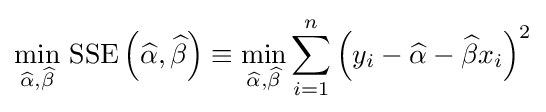
\min _{{\widehat {\alpha }},{\widehat {\beta }}}\,\operatorname {SSE} \left({\widehat {\alpha }},{\widehat {\beta }}\right)\equiv \min _{{\widehat {\alpha }},{\widehat {\beta }}}\sum _{i=1}^{n}\left(y_{i}-{\widehat {\alpha }}-{\widehat {\beta }}x_{i}\right)^{2}